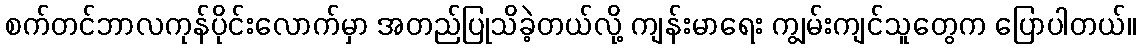
စက်တင်ဘာလကုန်ပိုင်းလောက်မှာ အတည်ပြုသိခဲ့တယ်လို့ ကျန်းမာရေး ကျွမ်းကျင်သူတွေက ပြောပါတယ်။